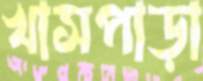
খাসপাড়া